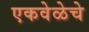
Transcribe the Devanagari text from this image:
एकवेळेचे